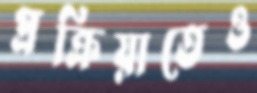
প্রক্রিয়াতেও